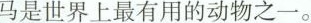
马是世界上最有用的动物之一。